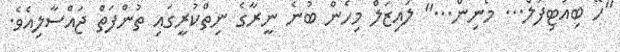
"ހޭ ބިއުޓިފުލް... މޯނިން..." ލައިޒަލް މިހެން ބުނެ ނީރާގެ ނިތްކުރީގައި ތުންފަތް ޖައްސާލިއެވެ.